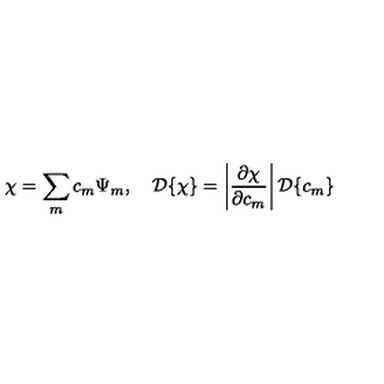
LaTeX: \chi = \sum _ { m } c _ { m } \Psi _ { m } , \quad { \cal D } \{ \chi \} = \left| \frac { \partial \chi } { \partial c _ { m } } \right| { \cal D } \{ c _ { m } \}